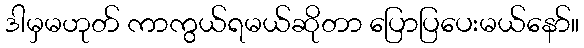
ဒါမှမဟုတ် ကာကွယ်ရမယ်ဆိုတာ ပြောပြပေးမယ်နော်။